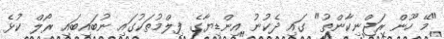
"މޭ ހޫން ރަޖްނިކާންތު" ގައި ދެކުނު އިންޑިޔާގެ ފިލްމުތަކުގައި ނުބައިބައި ރޯލް ކުޅެ